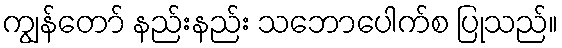
ကျွန်တော် နည်းနည်း သဘောပေါက်စ ပြုသည်။